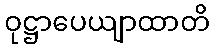
ဝုဋ္ဌာပေယျာထာတိ